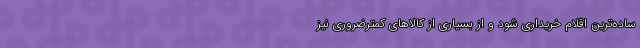
ساده‌ترین اقلام خریداری شود و از بسیاری از کالاهای کمترضروری نیز